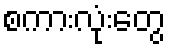
စကားလုံးတွေ